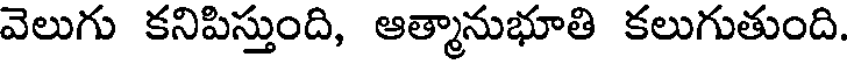
వెలుగు కనిపిస్తుంది, ఆత్మానుభూతి కలుగుతుంది.